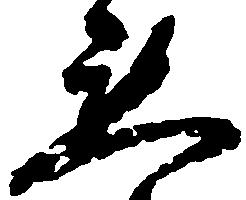
懇